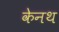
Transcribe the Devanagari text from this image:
केनथ